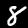
Digit: 8